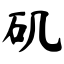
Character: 矶